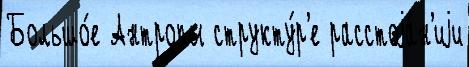
Большо́е Антропы структу́р'е расстоjа́н'иjи